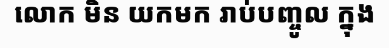
លោក មិន យកមក រាប់បញ្ចូល ក្នុង